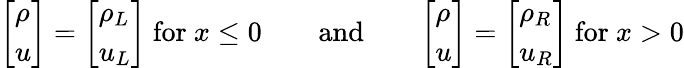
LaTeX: {\left[\begin{array}{l}{\rho}\\ {u}\end{array}\right]}={\left[\begin{array}{l}{\rho_{L}}\\ {u_{L}}\end{array}\right]}{\mathrm{~for~}}x\leq 0\qquad{\mathrm{and}}\qquad{\left[\begin{array}{l}{\rho}\\ {u}\end{array}\right]}={\left[\begin{array}{l}{\rho_{R}}\\ {u_{R}}\end{array}\right]}{\mathrm{~for~}}x>0